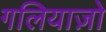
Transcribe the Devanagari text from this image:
गलियाज़ो